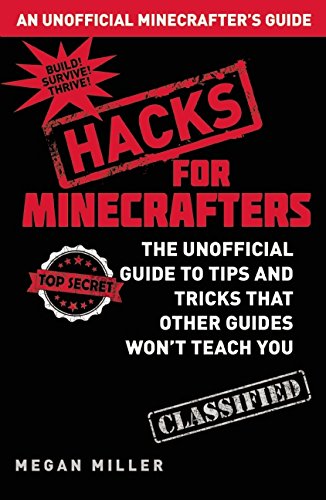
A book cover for Hacks for Minecrafters: The Unofficial Guide to Tips and Tricks That Other Guides Won't Teach You; Megan Miller; Humor & Entertainment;